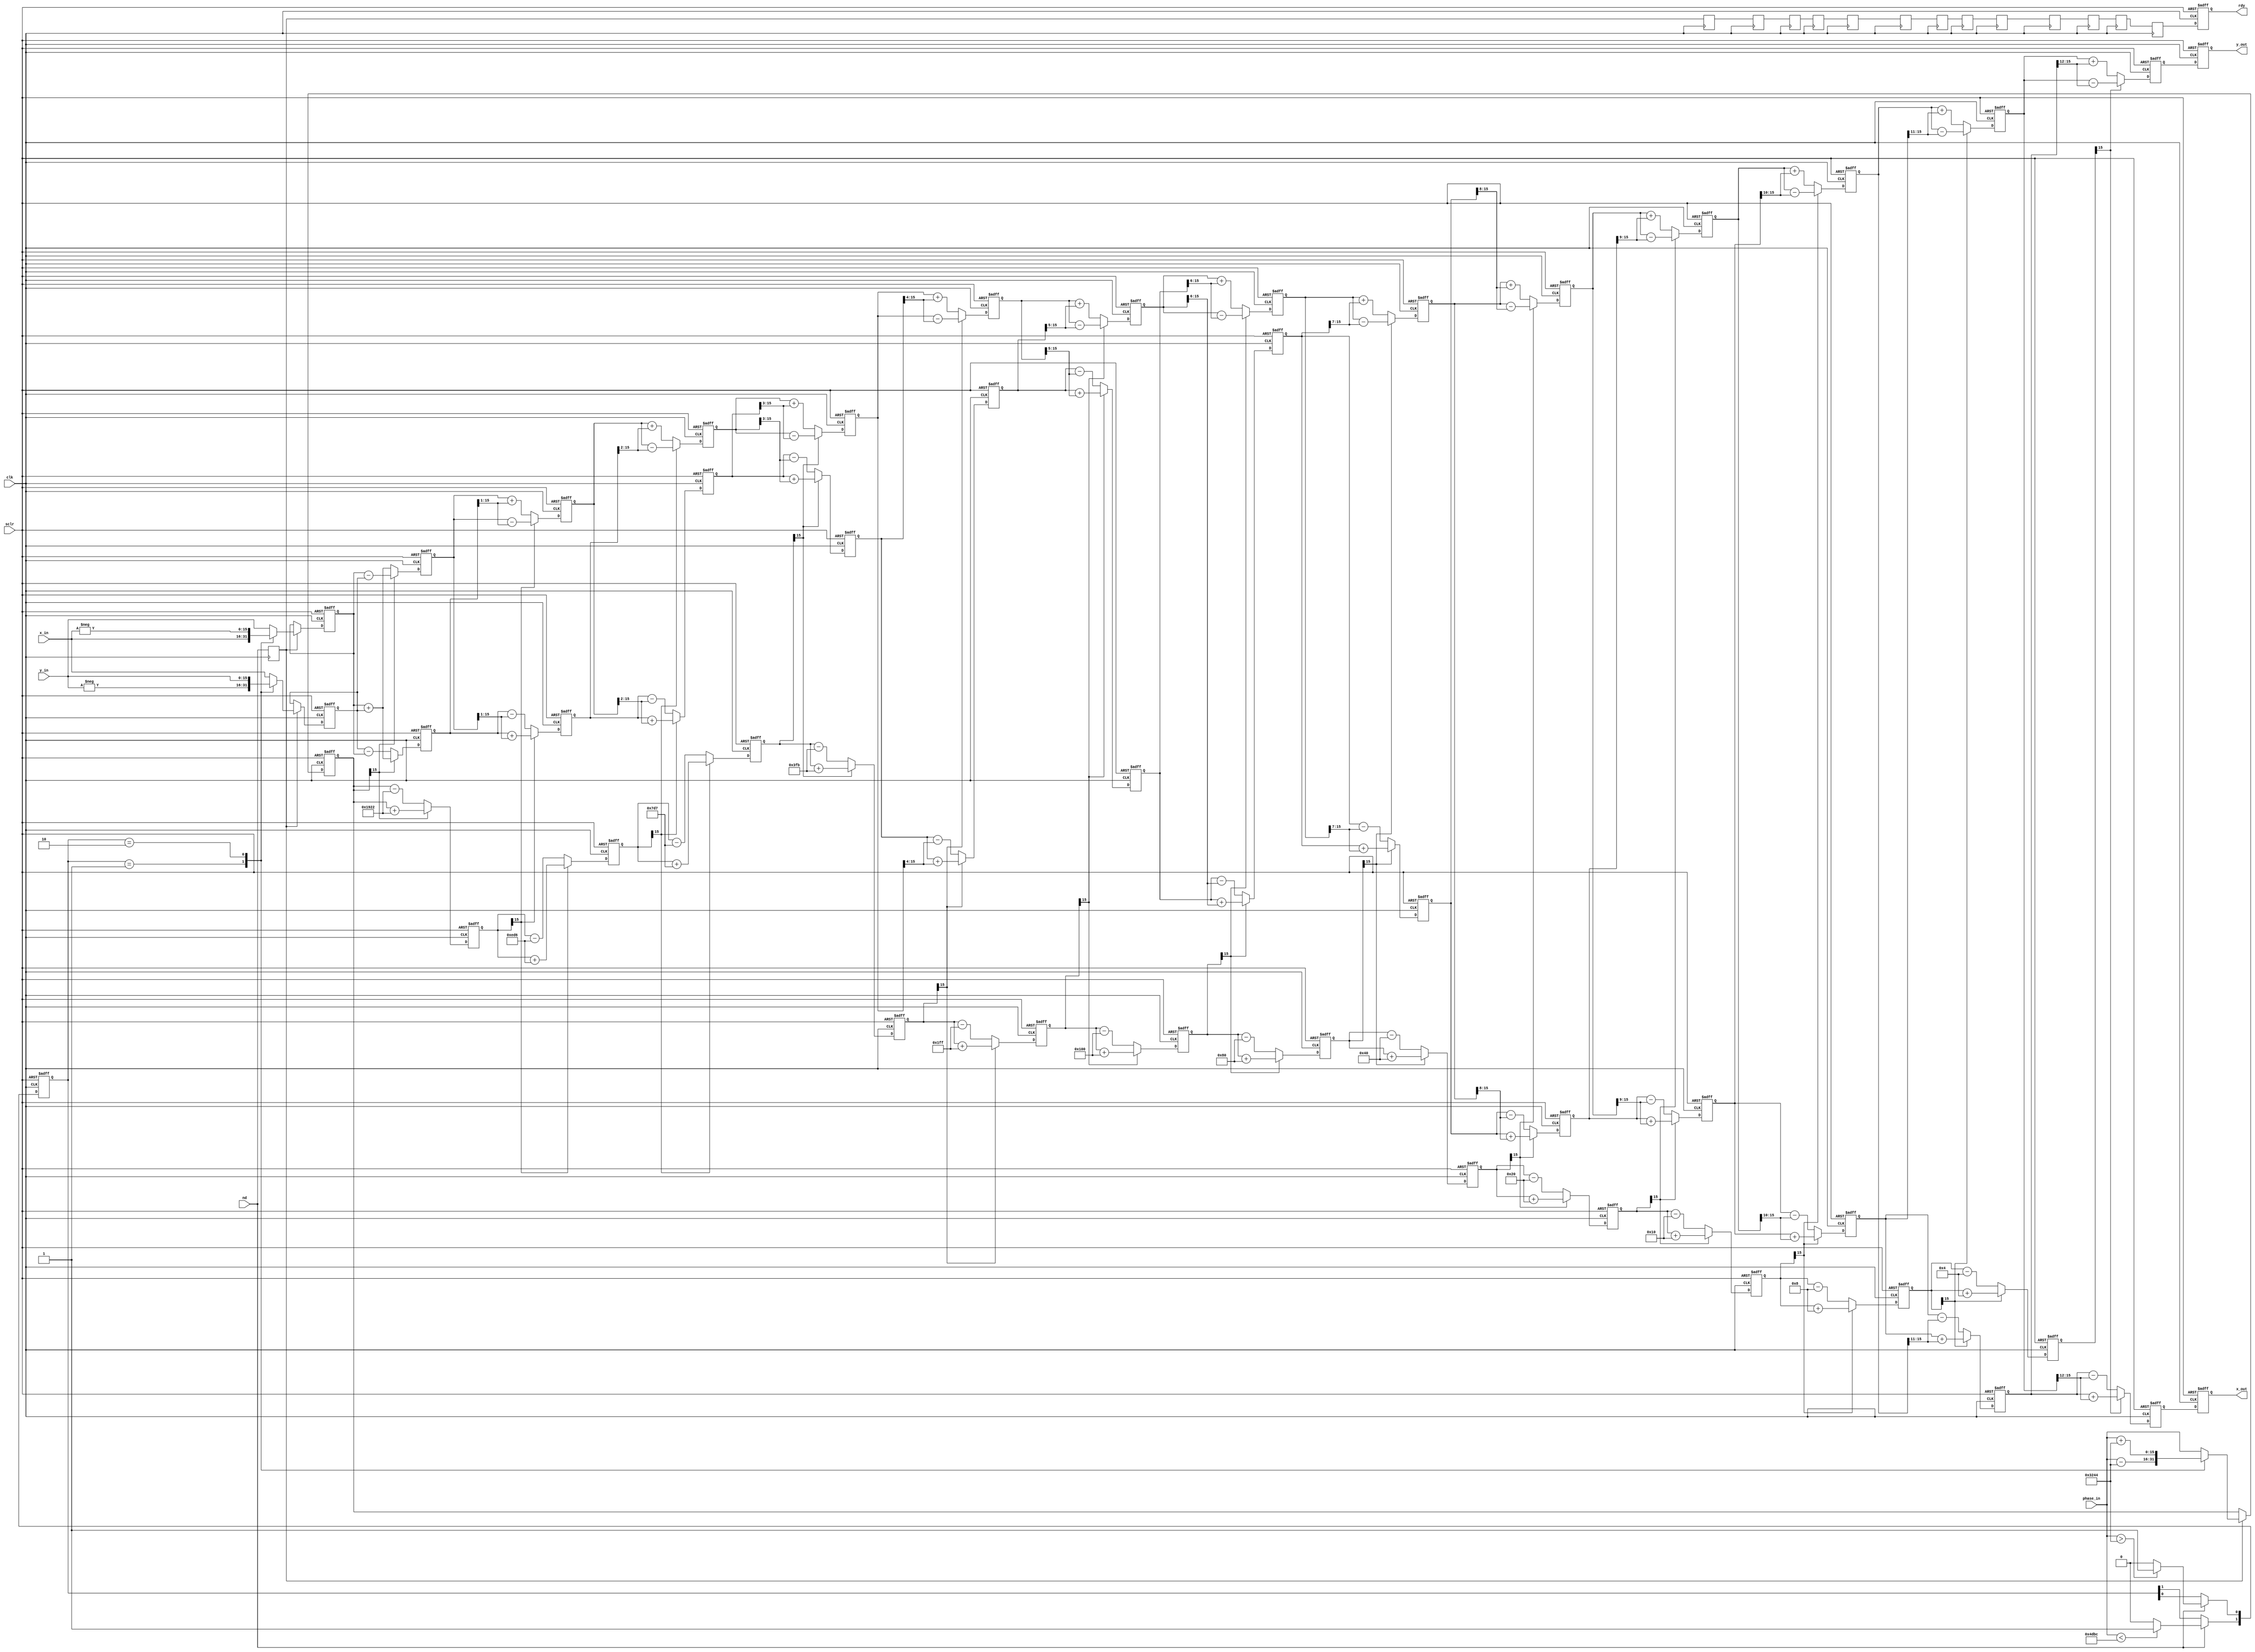
`timescale 1ns/1ps

module cordic_rotation (
  input nd,
  input clk,
  input sclr,
  input signed [15 : 0] x_in,
  input signed [15 : 0] y_in,
  input signed [15 : 0] phase_in,
  output rdy,
  output signed [15 : 0] x_out,
  output signed [15 : 0] y_out
);

parameter DATAIN_WIDTH = 16;

//not scaled
parameter signed angle_0 = 16'sd6434;	   //7.85398163e-0 radius *2^13 (scaled) = 6.434e+03
parameter signed angle_1 = 16'sd3798;       //4.63647609e-01 radius *2^13 (scaled)= 3.798e+03
parameter signed angle_2 = 16'sd2007;       //2.44978663e-01 radius *2^13 (scaled) = 2.007e+03
parameter signed angle_3 = 16'sd1019;       //1.24354995e-01 radius *2^13 (scaled) = 1.019e+03
parameter signed angle_4 = 16'sd511;        //6.24188100e-02 radius *2^13 (scaled) = 5.110e+02
parameter signed angle_5 = 16'sd256;        //3.12398334e-02 radius *2^13 (scaled) = 2.560e+02
parameter signed angle_6 = 16'sd128;        //1.56237286e-02 radius *2^13 (scaled) = 1.280e+02
parameter signed angle_7 = 16'sd64;         //7.81234106e-03 radius *2^13 (scaled) = 6.400e+01    
parameter signed angle_8 = 16'sd32;         //3.90623013e-03 radius *2^13 (scaled) = 3.200e+01
parameter signed angle_9 = 16'sd16;         //1.95312252e-03 radius *2^13 (scaled) = 1.600e+01
parameter signed angle_10 = 16'sd8;         //9.76562190e-04 radius *2^13 (scaled) = 8.000e+00
parameter signed angle_11 = 16'sd4;	       //4.88281211e-04 radius *2^13 (scaled)= 4.000e+00
parameter signed angle_12 = 16'sd2;          //2.44140625e-04 radius *2^13 = 2.000e+00
parameter signed angle_half_pi = 16'sd12868;   //1.5707963267948966 radius * 2^13 = 12867.963509103793
parameter signed angle_half_pi_minus = -16'sd12868;   //1.5707963267948966 radius * 2^13 = 12867.963509103793

/*
//scaled
parameter signed angle_0 = 16'sd2048;	   //7.85398163e-0 radius *2^13 (scaled) = 2.04800581e+03
parameter signed angle_1 = 16'sd1209;       //4.63647609e-01 radius *2^13 (scaled)= 1.20894095e+03
parameter signed angle_2 = 16'sd639;       //2.44978663e-01 radius *2^13 (scaled) = 6.38847942e+02
parameter signed angle_3 = 16'sd324;       //1.24354995e-01 radius *2^13 (scaled) = 3.24357774e+02
parameter signed angle_4 = 16'sd163;        //6.24188100e-02 radius *2^13 (scaled) = 1.62656352e+02
parameter signed angle_5 = 16'sd81;        //3.12398334e-02 radius *2^13 (scaled) = 8.14873309e+01
parameter signed angle_6 = 16'sd41;        //1.56237286e-02 radius *2^13 (scaled) = 4.07436654e+01
parameter signed angle_7 = 16'sd20;         //7.81234106e-03 radius *2^13 (scaled) = 2.03718327e+01    
parameter signed angle_8 = 16'sd10;         //3.90623013e-03 radius *2^13 (scaled) = 1.01859164e+01
parameter signed angle_9 = 16'sd5;         //1.95312252e-03 radius *2^13 (scaled) = 5.09295818e+00
parameter signed angle_10 = 16'sd3;         //9.76562190e-04 radius *2^13 (scaled) = 2.54647909e+00
parameter signed angle_11 = 16'sd1;	       //4.88281211e-04 radius *2^13 (scaled)= 1.27323954e+00
parameter signed angle_half_pi = 16'sd4096;   //1.5707963267948966 radius * 2^13 (scale)
parameter signed angle_half_pi_minus = -16'sd4096;   //1.5707963267948966 radius * 2^13 (scale)
*/ 

reg signed 	[DATAIN_WIDTH-1:0] 		x0 =0,y0 =0,z0 =0;
reg signed 	[DATAIN_WIDTH-1:0] 		x1 =0,y1 =0,z1 =0;
reg signed 	[DATAIN_WIDTH-1:0] 		x2 =0,y2 =0,z2 =0;
reg signed 	[DATAIN_WIDTH-1:0] 		x3 =0,y3 =0,z3 =0;
reg signed 	[DATAIN_WIDTH-1:0] 		x4 =0,y4 =0,z4 =0;
reg signed 	[DATAIN_WIDTH-1:0] 		x5 =0,y5 =0,z5 =0;
reg signed 	[DATAIN_WIDTH-1:0] 		x6 =0,y6 =0,z6 =0;
reg signed 	[DATAIN_WIDTH-1:0] 		x7 =0,y7 =0,z7 =0;
reg signed 	[DATAIN_WIDTH-1:0] 		x8 =0,y8 =0,z8 =0;
reg signed 	[DATAIN_WIDTH-1:0] 		x9 =0,y9 =0,z9 =0;
reg signed 	[DATAIN_WIDTH-1:0] 		x10=0,y10=0,z10=0;
reg signed 	[DATAIN_WIDTH-1:0] 		x11=0,y11=0,z11=0;
reg signed 	[DATAIN_WIDTH-1:0] 		x12=0,y12=0,z12=0;
reg signed 	[DATAIN_WIDTH-1:0] 		x13=0,y13=0,z13=0;

reg [1:0] rotate ; //a register to 

always@(posedge clk or posedge sclr)
begin
	if(sclr)
	begin
        rotate <= 'b0;		
	end
	else if(nd)
	begin
		rotate[0] <= phase_in > angle_half_pi ? 1:0; //phase_in is larger than pi/2
		rotate[1] <= phase_in < angle_half_pi_minus ? 1:0; //phase_in is smaller than -pi/2
	end
end 

reg step0_rdy = 1'b0;

always @(posedge clk) step0_rdy <= nd;

always@(posedge clk or posedge sclr)
begin
	if(sclr)
	begin
		x0 <= 'b0;
		y0 <= 'b0;
		z0 <= 'b0;
	end
	else if(step0_rdy)
	begin
		case(rotate)
			2'b01: //phase_in is larger than pi/2
			begin
				x0 <= -y_in;
				y0 <= x_in;
				z0 <= phase_in - angle_half_pi;
			end
			
			2'b10: //phase_in is smaller than -pi/2
			begin
				x0 <= y_in;
				y0 <= -x_in;
				z0 <= phase_in + angle_half_pi;
			end

			default: //phase_in is between -pi/2 and pi/2
			begin
				x0 <= x_in;
				y0 <= y_in;
				z0 <= phase_in;
			end
		endcase
	end
end

//iteration 1

reg step1_rdy = 1'b0;

always @(posedge clk) step1_rdy <= step0_rdy;

always@(posedge clk or posedge sclr)
begin
	if(sclr)
	begin
		x1 <= 'b0;
		y1 <= 'b0;
		z1 <= 'b0;
	end
	else if(!z0[DATAIN_WIDTH-1]) 
	begin
		x1 <= x0 - y0;
		y1 <= y0 + x0;
		z1 <= z0 - angle_0;	
	end
	else 
	begin
		x1 <= x0 + y0;
		y1 <= y0 - x0;
		z1 <= z0 + angle_0;		
	end
end 

//iteration 2

reg step2_rdy = 1'b0;

always @(posedge clk) step2_rdy <= step1_rdy;

always@(posedge clk or posedge sclr)
begin
	if(sclr)
	begin
		x2 <= 'b0;
		y2 <= 'b0;
		z2 <= 'b0;
	end
	else if(!z1[DATAIN_WIDTH-1]) 
	begin
		x2 <= x1 - (y1>>>1);
		y2 <= y1 + (x1>>>1);
		z2 <= z1 - angle_1;	
	end
	else 
	begin
		x2 <= x1 + (y1>>>1);
		y2 <= y1 - (x1>>>1);
		z2 <= z1 + angle_1;
	end
end 

//iteration 3

reg step3_rdy = 1'b0;

always @(posedge clk) step3_rdy <= step2_rdy;

always@(posedge clk or posedge sclr)
begin
	if(sclr)
	begin
		x3 <= 'b0;
		y3 <= 'b0;
		z3 <= 'b0;
	end
	else if(!z2[DATAIN_WIDTH-1])
	begin
		x3 <= x2 - (y2>>>2);
		y3 <= y2 + (x2>>>2);
		z3 <= z2 - angle_2;	
	end
	else 
	begin
		x3 <= x2 + (y2>>>2);
		y3 <= y2 - (x2>>>2);
		z3 <= z2 + angle_2;
	end
end 

//iteration 4

reg step4_rdy = 1'b0;

always @(posedge clk) step4_rdy <= step3_rdy;

always@(posedge clk or posedge sclr)
begin
	if(sclr)
	begin
		x4 <= 'b0;
		y4 <= 'b0;
		z4 <= 'b0;
	end
	else if(!z3[DATAIN_WIDTH-1]) 
	begin
		x4 <= x3 - (y3>>>3);
		y4 <= y3 + (x3>>>3);
		z4 <= z3 - angle_3;	
	end
	else 
	begin
		x4 <= x3 + (y3>>>3);
		y4 <= y3 - (x3>>>3);
		z4 <= z3 + angle_3;
	end
end 

//iteration 5

reg step5_rdy = 1'b0;

always @(posedge clk) step5_rdy <= step4_rdy;

always@(posedge clk or posedge sclr)
begin
	if(sclr)
	begin
		x5 <= 'b0;
		y5 <= 'b0;
		z5 <= 'b0;
	end
	else if(!z4[DATAIN_WIDTH-1]) 
	begin
		x5 <= x4 - (y4>>>4);
		y5 <= y4 + (x4>>>4);
		z5 <= z4 - angle_4;	
	end
	else
	begin
		x5 <= x4 + (y4>>>4);
		y5 <= y4 - (x4>>>4);
		z5 <= z4 + angle_4;
	end
end 

//iteration 6

reg step6_rdy = 1'b0;

always @(posedge clk) step6_rdy <= step5_rdy;

always@(posedge clk or posedge sclr)
begin
	if(sclr)
	begin
		x6 <= 'b0;
		y6 <= 'b0;
		z6 <= 'b0;
	end
	else if(!z5[DATAIN_WIDTH-1]) 
	begin
		x6 <= x5 - (y5>>>5);
		y6 <= y5 + (x5>>>5);
		z6 <= z5 - angle_5;
	end
	else 
	begin
		x6 <= x5 + (y5>>>5);
		y6 <= y5 - (x5>>>5);
		z6 <= z5 + angle_5;
	end
end 

//iteration 7

reg step7_rdy = 1'b0;

always @(posedge clk) step7_rdy <= step6_rdy;

always@(posedge clk or posedge sclr)
begin
	if(sclr)
	begin
		x7 <= 'b0;
		y7 <= 'b0;
		z7 <= 'b0;
	end
	else if(!z6[DATAIN_WIDTH-1]) 
	begin
		x7 <= x6 - (y6>>>6);
		y7 <= y6 + (x6>>>6);
		z7 <= z6 - angle_6;	
	end
	else 
	begin
		x7 <= x6 + (y6>>>6);
		y7 <= y6 - (x6>>>6);
		z7 <= z6 + angle_6;
	end
end 

//iteration 8

reg step8_rdy = 1'b0;

always @(posedge clk) step8_rdy <= step7_rdy;

always@(posedge clk or posedge sclr)
begin
	if(sclr)
	begin
		x8 <= 'b0;
		y8 <= 'b0;
		z8 <= 'b0;
	end
	else if(!z7[DATAIN_WIDTH-1]) 
	begin
		x8 <= x7 - (y7>>>7);
		y8 <= y7 + (x7>>>7);
		z8 <= z7 - angle_7;	
	end
	else 
	begin
		x8 <= x7 + (y7>>>7);
		y8 <= y7 - (x7>>>7);
		z8 <= z7 + angle_7;
	end
end 

//iteration 9

reg step9_rdy = 1'b0;

always @(posedge clk) step9_rdy <= step8_rdy;

always@(posedge clk or posedge sclr)
begin
	if(sclr)
	begin
		x9 <= 'b0;
		y9 <= 'b0;
		z9 <= 'b0;
	end
	else if(!z8[DATAIN_WIDTH-1])
	begin
		x9 <= x8 - (y8>>>8);
		y9 <= y8 + (x8>>>8);
		z9 <= z8 - angle_8;
	end
	else 
	begin
		x9 <= x8 + (y8>>>8);
		y9 <= y8 - (x8>>>8);
		z9 <= z8 + angle_8;
	end
end 

//iteration 10

reg step10_rdy = 1'b0;

always @(posedge clk) step10_rdy <= step9_rdy;

always@(posedge clk or posedge sclr)
begin
	if(sclr)
	begin
		x10 <= 'b0;
		y10 <= 'b0;
		z10 <= 'b0;
	end
	else if(!z9[DATAIN_WIDTH-1]) 
	begin
		x10 <= x9 - (y9>>>9);
		y10 <= y9 + (x9>>>9);
		z10 <= z9 - angle_9;
	end
	else 
	begin
		x10 <= x9 + (y9>>>9);
		y10 <= y9 - (x9>>>9);
		z10 <= z9 + angle_9;		
	end
end 

//iteration 11

reg step11_rdy = 1'b0;

always @(posedge clk) step11_rdy <= step10_rdy;

always@(posedge clk or posedge sclr)
begin
	if(sclr)
	begin
		x11 <= 'b0;
		y11 <= 'b0;
		z11 <= 'b0;
	end
	else if(!z10[DATAIN_WIDTH-1]) 
	begin
		x11 <= x10 - (y10>>>10);
		y11 <= y10 + (x10>>>10);
		z11 <= z10 - angle_10;	
	end
	else 
	begin
		x11 <= x10 + (y10>>>10);
		y11 <= y10 - (x10>>>10);
		z11 <= z10 + angle_10;
	end
end 


//iteration 12

reg step12_rdy = 1'b0;

always @(posedge clk) step12_rdy <= step11_rdy;

always@(posedge clk or posedge sclr)
begin
	if(sclr)
	begin
		x12 <= 'b0;
		y12 <= 'b0;
		z12 <= 'b0;
	end
	else if(!z11[DATAIN_WIDTH-1]) 
	begin
		x12 <= x11 - (y11>>>11);
		y12 <= y11 + (x11>>>11);
		z12 <= z11 - angle_11;	
	end
	else 
	begin
		x12 <= x11 + (y11>>>11);
		y12 <= y11 - (x11>>>11);
		z12 <= z11 + angle_11;
	end
end 

//iteration 13

reg step13_rdy = 1'b0;

always @(posedge clk) step13_rdy <= step12_rdy;

always@(posedge clk or posedge sclr)
begin
	if(sclr)
	begin
		x13 <= 'b0;
		y13 <= 'b0;
		z13 <= 'b0;
	end
	else if(!z12[DATAIN_WIDTH-1]) 
	begin
		x13 <= x12 - (y12>>>12);
		y13 <= y12 + (x12>>>12);
		z13 <= z12 - angle_12;	
	end
	else 
	begin
		x13 <= x12 + (y12>>>12);
		y13 <= y12 - (x12>>>12);
		z13 <= z12 + angle_12;
	end
end 

reg signed [DATAIN_WIDTH-1:0] x_output;
reg signed [DATAIN_WIDTH-1:0] y_output; 

reg step_rdy = 1'b0;

always@(posedge clk or posedge sclr)
begin
	if(sclr)
	begin
		x_output <= 'b0;
		y_output <= 'b0;
		step_rdy <= 'b0;
	end
	else 
	begin
        x_output <= x13;
        y_output <= y13;
		step_rdy <= step13_rdy;
	end
end 

assign x_out = x_output;
assign y_out = y_output;
assign rdy = step_rdy;

endmodule